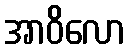
အာဝိလော